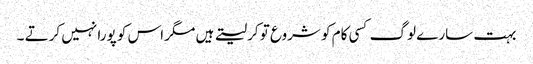
بہت سارے لوگ کسی کام کو شروع تو کرلیتے ہیں مگر اس کو پورا نہیں کرتے ۔